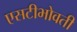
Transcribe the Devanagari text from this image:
एसटीभोवती